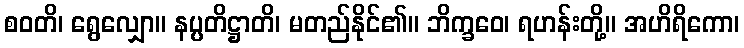
စဝတိ၊ ရွေလျှော။ နပ္ပတိဋ္ဌာတိ၊ မတည်နိုင်၏။ ဘိက္ခဝေ၊ ရဟန်းတို့။ အဟိရိကော၊